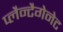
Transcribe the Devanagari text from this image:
प्लैन्टैगेनेट